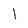
Character: l